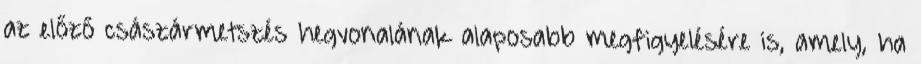
az előző császármetszés hegvonalának alaposabb megfigyelésére is, amely, ha